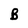
Character: B